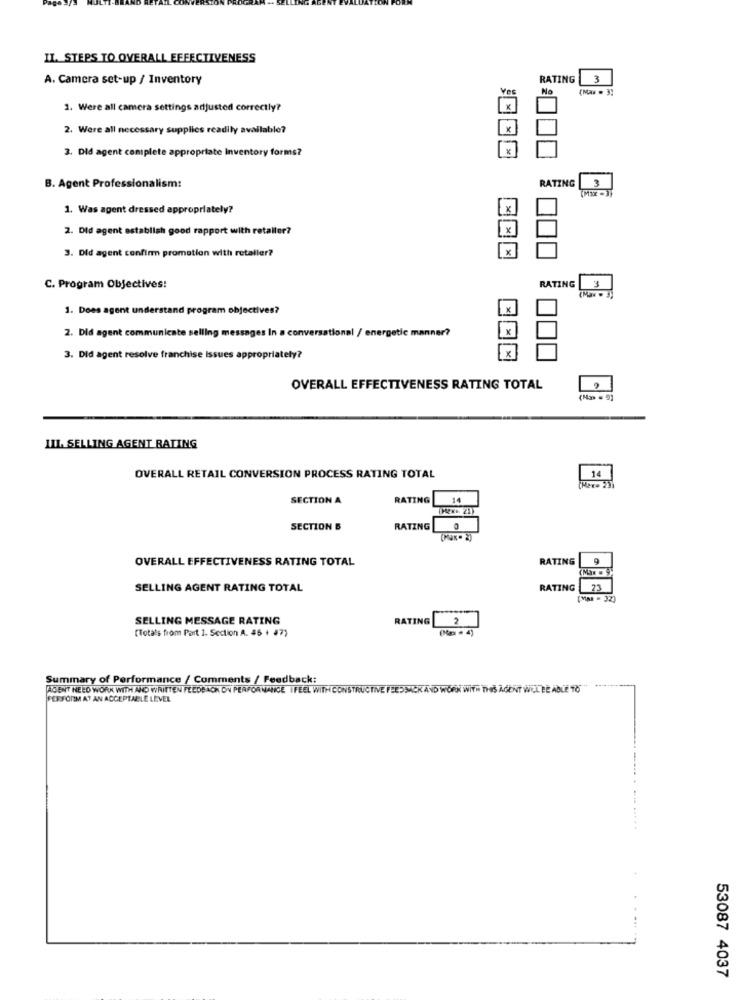
II. STEPS TO OVERALL EFFECTIVENESS
A. Camera set-up / Inventory
RATING
3
No
(Max = 3:
1. Were all camera settings adjusted correctly?
2. Were all necessary supplies readily available?
3. Did agent complete appropriate Inventory forms?
K
RATING
3
B. Agent Professionalism:
1. Was agent dressed appropriately?
X
2. Did agent establish good rapport with retaller?
3. Did agent confirm promotion with retailer?
1 x
C. Program Objectives:
RATING
1. Does agent understand program objectives?
2. Did agent communicate selling messages In a conversational / energetic manner?
3. Did agent resolve franchise Issues appropriately?
OVERALL EFFECTIVENESS RATING TOTAL
(Nm . 9)
LIL. SELLING AGENT RATING
14
OVERALL RETAIL CONVERSION PROCESS RATING TOTAL
SECTION A
RATING
14
SECTION B
RATING
(Max- 2)
OVERALL EFFECTIVENESS RATING TOTAL
RATING
9
SELLING AGENT RATING TOTAL
RATING
23
(MAR - 32)
SELLING MESSAGE RATING
RATING
2
[Totals from Part 1. Section A. 45 + 47)
(No · 4)
Summary of Performance / Comments / Feedback:
AGENT NEED WORK WITH AND WRITTEN FEEDBACK ON PERFORMANCE I FEEL WITH CONSTRUCTIVE FEEDBACK AND WORK WITH THIS AGENT WIL BE ABLE TO
PERFORM AT AN ACCEPTABLE LEVEL
53087 4037